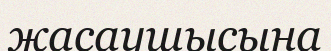
жасаушысына